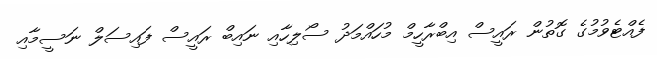
ފެއްޓެވުމުގެ ގޮތުން ރައީސް އިބްރާހީމް މުހައްމަދު ސޯލިހާއި ނައިބް ރައީސް ފައިސަލް ނަސީމާއި